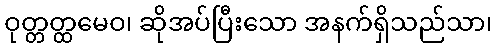
ဝုတ္တတ္ထမေဝ၊ ဆိုအပ်ပြီးသော အနက်ရှိသည်သာ၊